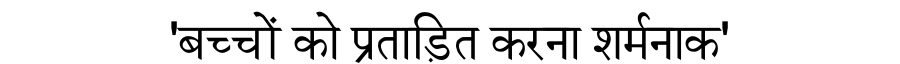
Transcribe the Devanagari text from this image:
'बच्चों को प्रताड़ित करना शर्मनाक'